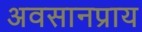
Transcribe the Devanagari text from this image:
अवसानप्राय